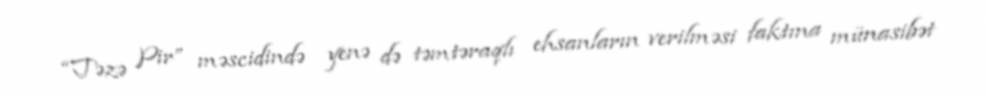
“Təzə Pir” məscidində yenə də təmtəraqlı ehsanların verilməsi faktına münasibət